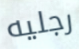
رجليه